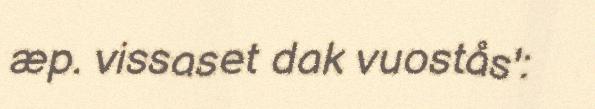
æp. vissaset dak vuostås':